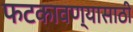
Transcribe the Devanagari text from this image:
फटकावण्यासाठी